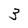
Character: 3